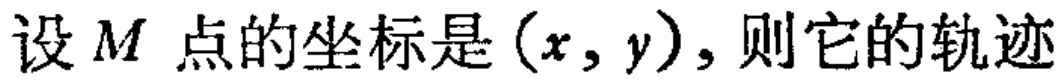
设 \(M\) 点的坐标是 \((x,y)\), 则它的轨迹